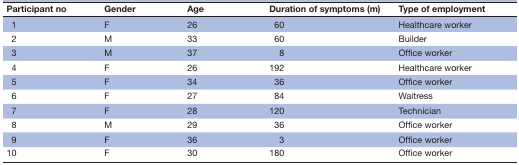
<table><thead><tr><td><b>Participant no</b></td><td><b>Gender</b></td><td><b>Age</b></td><td><b>Duration of symptoms (m)</b></td><td><b>Type of employment</b></td></tr></thead><tbody><tr><td>1</td><td>F</td><td>26</td><td>60</td><td>Healthcare worker</td></tr><tr><td>2</td><td>M</td><td>33</td><td>60</td><td>Builder</td></tr><tr><td>3</td><td>M</td><td>37</td><td>8</td><td>Office worker</td></tr><tr><td>4</td><td>F</td><td>26</td><td>192</td><td>Healthcare worker</td></tr><tr><td>5</td><td>F</td><td>34</td><td>36</td><td>Office worker</td></tr><tr><td>6</td><td>F</td><td>27</td><td>84</td><td>Waitress</td></tr><tr><td>7</td><td>F</td><td>28</td><td>120</td><td>Technician</td></tr><tr><td>8</td><td>M</td><td>29</td><td>36</td><td>Office worker</td></tr><tr><td>9</td><td>F</td><td>36</td><td>3</td><td>Office worker</td></tr><tr><td>10</td><td>F</td><td>30</td><td>180</td><td>Office worker</td></tr></tbody></table>